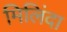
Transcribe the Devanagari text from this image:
मिलिंदा